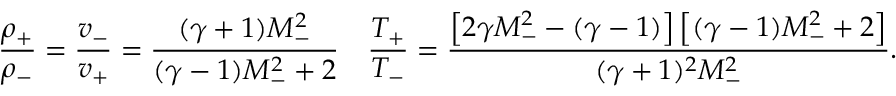
\frac { \rho _ { + } } { \rho _ { - } } = \frac { v _ { - } } { v _ { + } } = \frac { ( \gamma + 1 ) M _ { - } ^ { 2 } } { ( \gamma - 1 ) M _ { - } ^ { 2 } + 2 } \quad \frac { T _ { + } } { T _ { - } } = \frac { \left[ 2 \gamma M _ { - } ^ { 2 } - ( \gamma - 1 ) \right] \left[ ( \gamma - 1 ) M _ { - } ^ { 2 } + 2 \right] } { ( \gamma + 1 ) ^ { 2 } M _ { - } ^ { 2 } } .